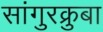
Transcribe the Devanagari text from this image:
सांगुरक्रुबा